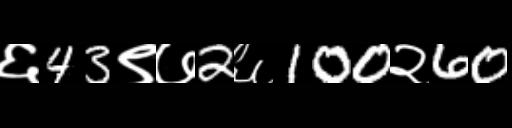
Text: ६43९७2६100२60